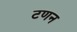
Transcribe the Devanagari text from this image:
टणन